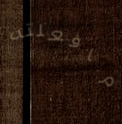
مافعلته